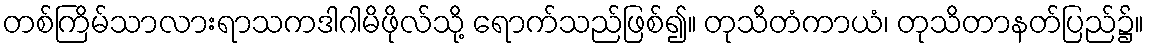
တစ်ကြိမ်သာလားရာသကဒါဂါမိဖိုလ်သို့ ရောက်သည်ဖြစ်၍။ တုသိတံကာယံ၊ တုသိတာနတ်ပြည်၌။